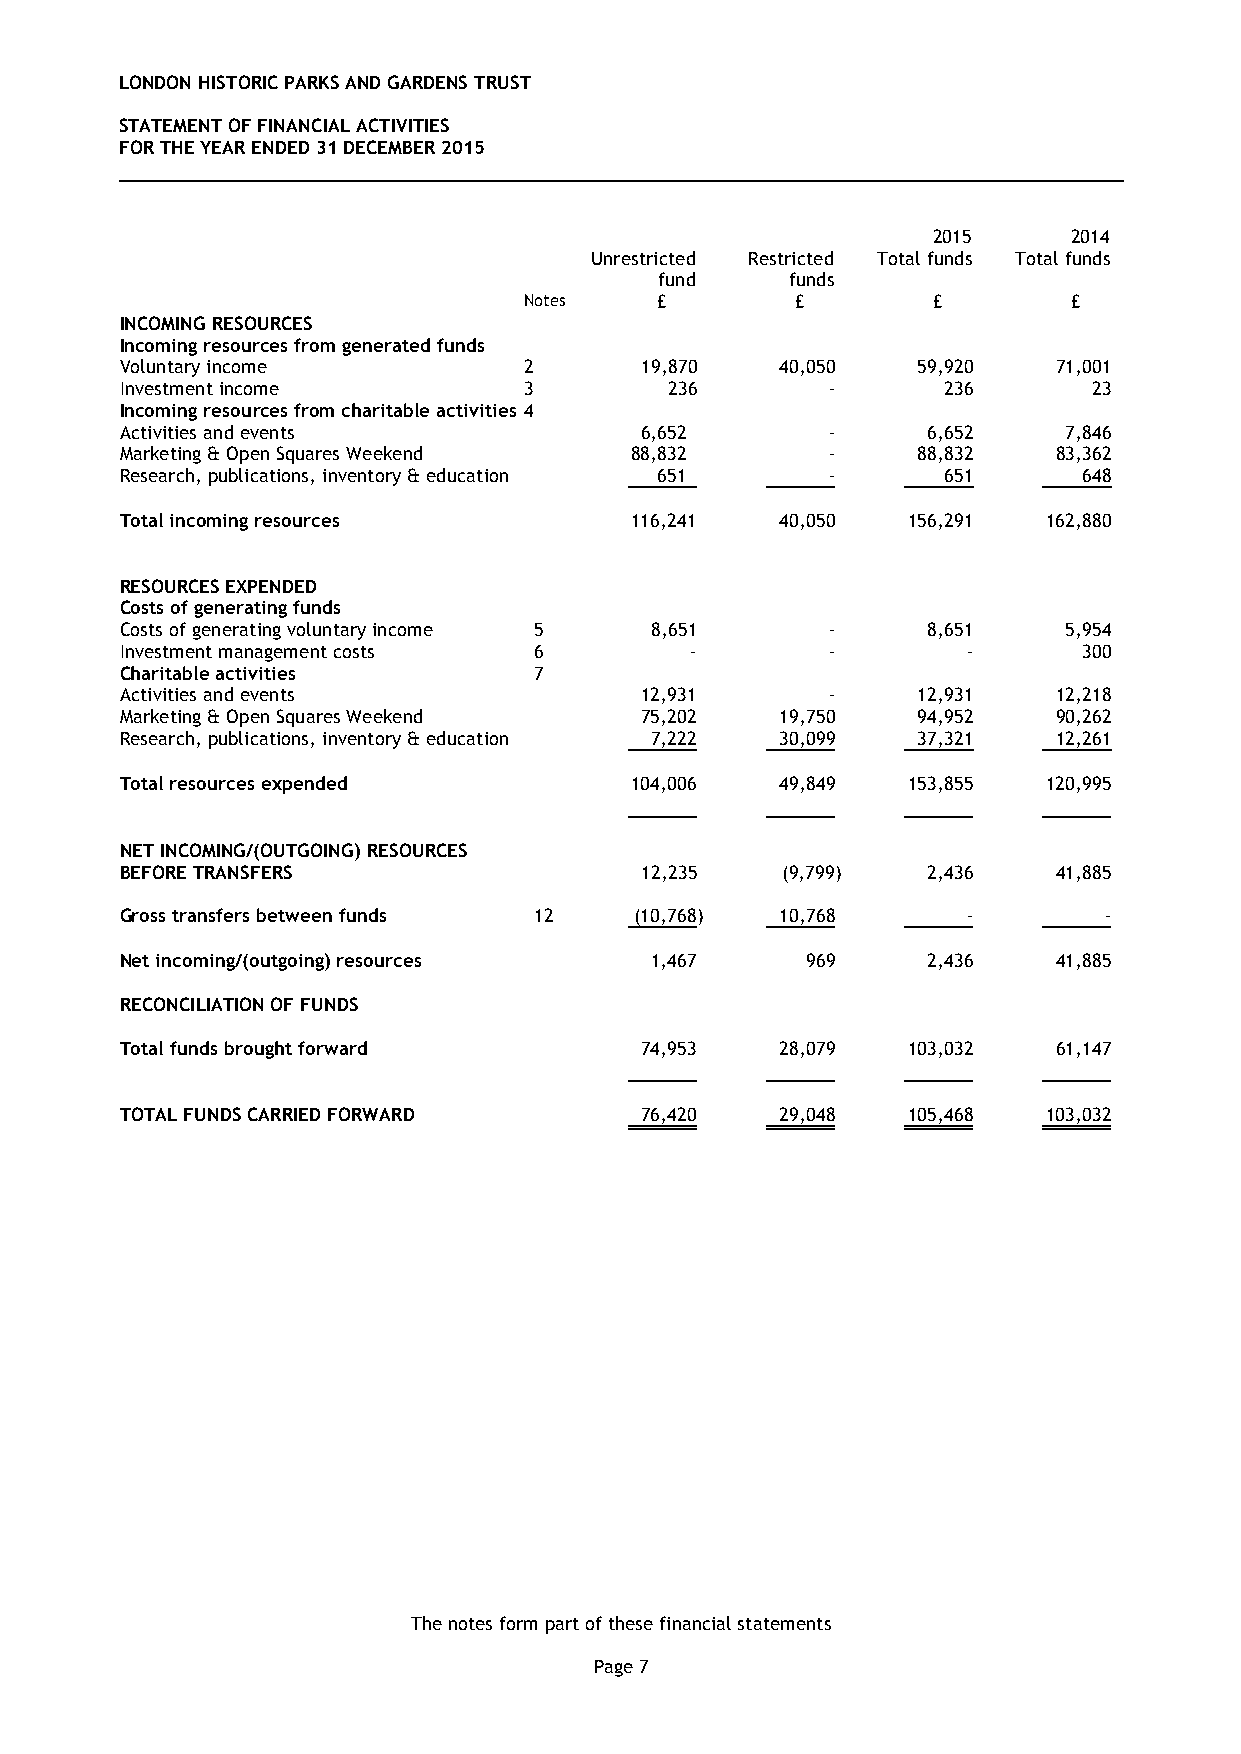
LONDON HISTORIC PARKS AND GARDENS TRUST
 STATEMENT OF FINANCIAL ACTIVITIES
 FOR THE YEAR ENDED 31 DECEMBER 2015
 2015     2014
 Unrestricted Restricted Total funds Total funds
 fund    funds
 Notes   £         £        £        £
 INCOMING RESOURCES
 Incoming resources from generated funds
 Voluntary income           2      19,870    40,050   59,920   71,001
 Investment income          3        236        -      236       23
 Incoming resources from charitable activities 4
 Activities and events             6,652        -     6,652    7,846
 Marketing & Open Squares Weekend  88,832       -     88,832   83,362
 Research, publications, inventory & education 651 -   651       648
 Total incoming resources          116,241   40,050  156,291  162,880
 RESOURCES EXPENDED
 Costs of generating funds
 Costs of generating voluntary income 5 8,651   -     8,651    5,954
 Investment management costs 6         -        -        -       300
 Charitable activities      7
 Activities and events             12,931       -     12,931   12,218
 Marketing & Open Squares Weekend  75,202    19,750   94,952   90,262
 Research, publications, inventory & education 7,222 30,099 37,321 12,261
 Total resources expended          104,006   49,849  153,855  120,995
 NET INCOMING/(OUTGOING) RESOURCES
 BEFORE TRANSFERS                  12,235    (9,799)  2,436    41,885
 Gross transfers between funds 12  (10,768)  10,768      -        -
 Net incoming/(outgoing) resources  1,467     969     2,436    41,885
 RECONCILIATION OF FUNDS
 Total funds brought forward       74,953    28,079  103,032   61,147
 TOTAL FUNDS CARRIED FORWARD       76,420    29,048  105,468  103,032
 The notes form part of these financial statements
 Page 7